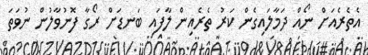
އެތެރެއަށް ނޯއް ދަމާލައިގެން ކަރު ތެރެއިން ލާފައި ބަނޑަށް ރޯގާ ފޮނުވާލުން ނުވަތަ